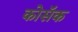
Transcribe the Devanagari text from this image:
कोसॅक